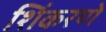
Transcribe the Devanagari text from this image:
शिंकरणे